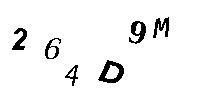
264D9M